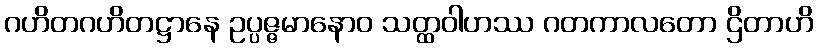
ဂဟိတဂဟိတဋ္ဌာနေ ဥပ္ပဇ္ဇမာနောဝ သတ္ထဝါဟဿ ဂတကာလတော ဌိတာဟိ